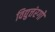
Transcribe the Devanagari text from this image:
विद्युत्तंरगों